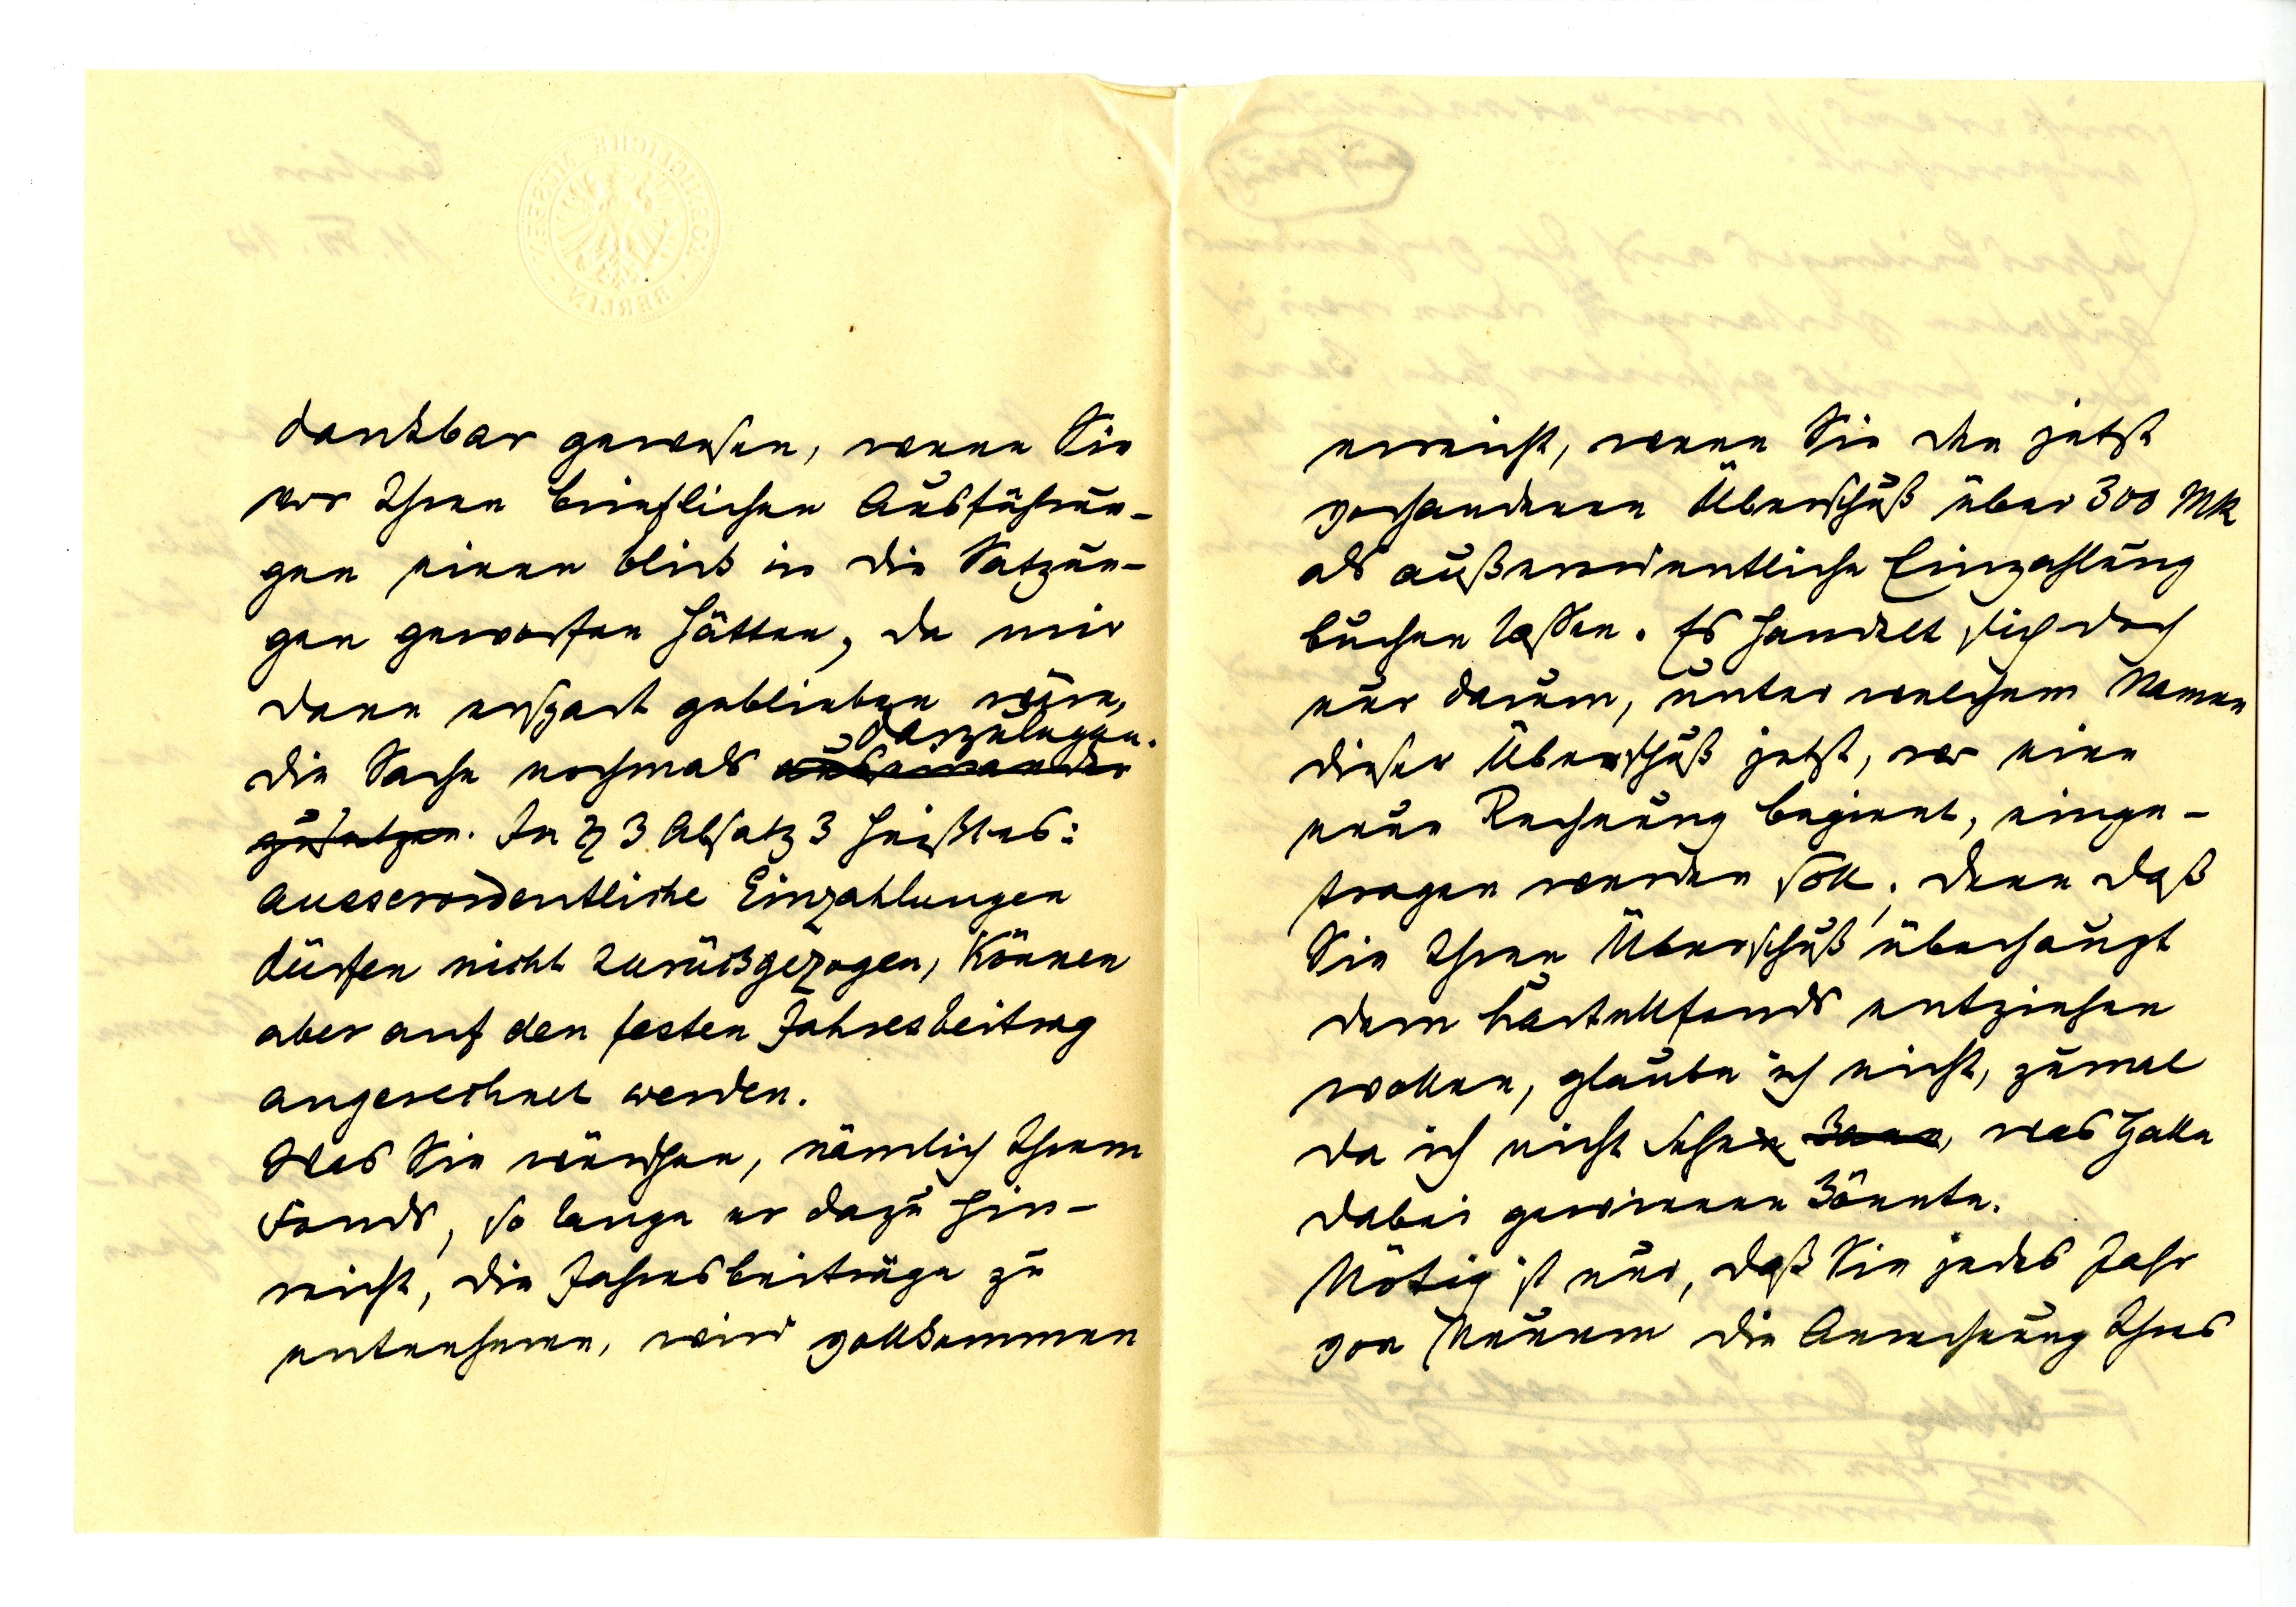
dankbar gewesen, wenn Sie
vor Ihren brieflichen Ausführun¬
gen einen Blick in die Satzun¬
gen geworfen hätten, da mir
dann erspart geblieben wäre,
darzulegen.
die Sache nochmals
In § 3 Absatz 3 heißt es:
ausserordentliche Einzahlungen
dürfen nicht zurückgezogen, können
aber auf den festen Jahresbeitag
angerechnet werden.
Was Sie wünschen, nämlich, Ihrem
Fonds, so lange er dazu hin¬
reicht, die Jahresbeiträge zu
entnehmen, wird vollkommen

erreicht, wenn Sie den jetzt
vorhandenen Überschuß über 300 MK
als außerordentliche Einzahlung
laufen lassen. Es handelt sich doch
nur darum, unter welchem Namen
dieser Überschuß jetzt, vor eine
neue Rechnung beginnt einge¬
tragen werden soll. Denn daß
Sie Ihren Überschuß überhaupt
dem Kartellfonds entziehen
wollen, glaube ich nicht, zumal
da ich nicht sehe, was Halle
dabei gewinnen könnte.
Nötig ist nur, daß Sie jedes Jahr
von Neuen die Anrechnung Ihres